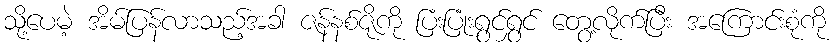
သို့ပေမဲ့ အိမ်ပြန်လာသည့်အခါ ဇန်နစ်ဇိုကို ပြံးပြုံးရွင်ရွှင် တွေ့လိုက်ပြီး အကြောင်းစုံကို